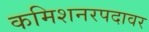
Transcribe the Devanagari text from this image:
कमिशनरपदावर